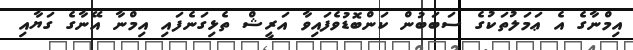
އިމްނާގެ އެ ޢަމަލުތަކުގެ ސަބަބުން ކަންބޮޑުވެފައިވާ އަރީޝް ތެޅިގަނެފައި އިމްނާ އޭނާގެ ގަޔާއި